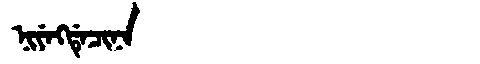
Manchu: ᠨᡳᠶᡝᡴᡩᡝᠴᡳᠨᠠ
Romanization: NIYEKDECINA